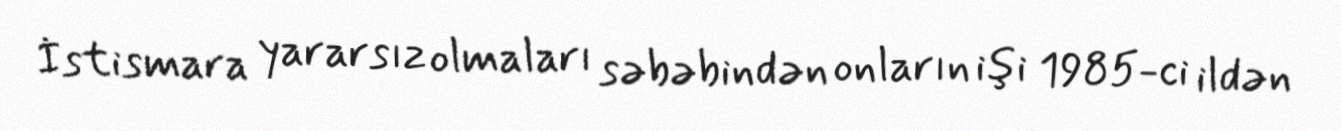
İstismara yararsız olmaları səbəbindən onların işi 1985-ci ildən